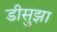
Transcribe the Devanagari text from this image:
डीसुझा